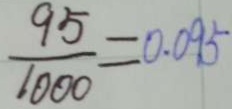
\frac { 9 5 } { 1 0 0 0 } = 0 . 0 9 5